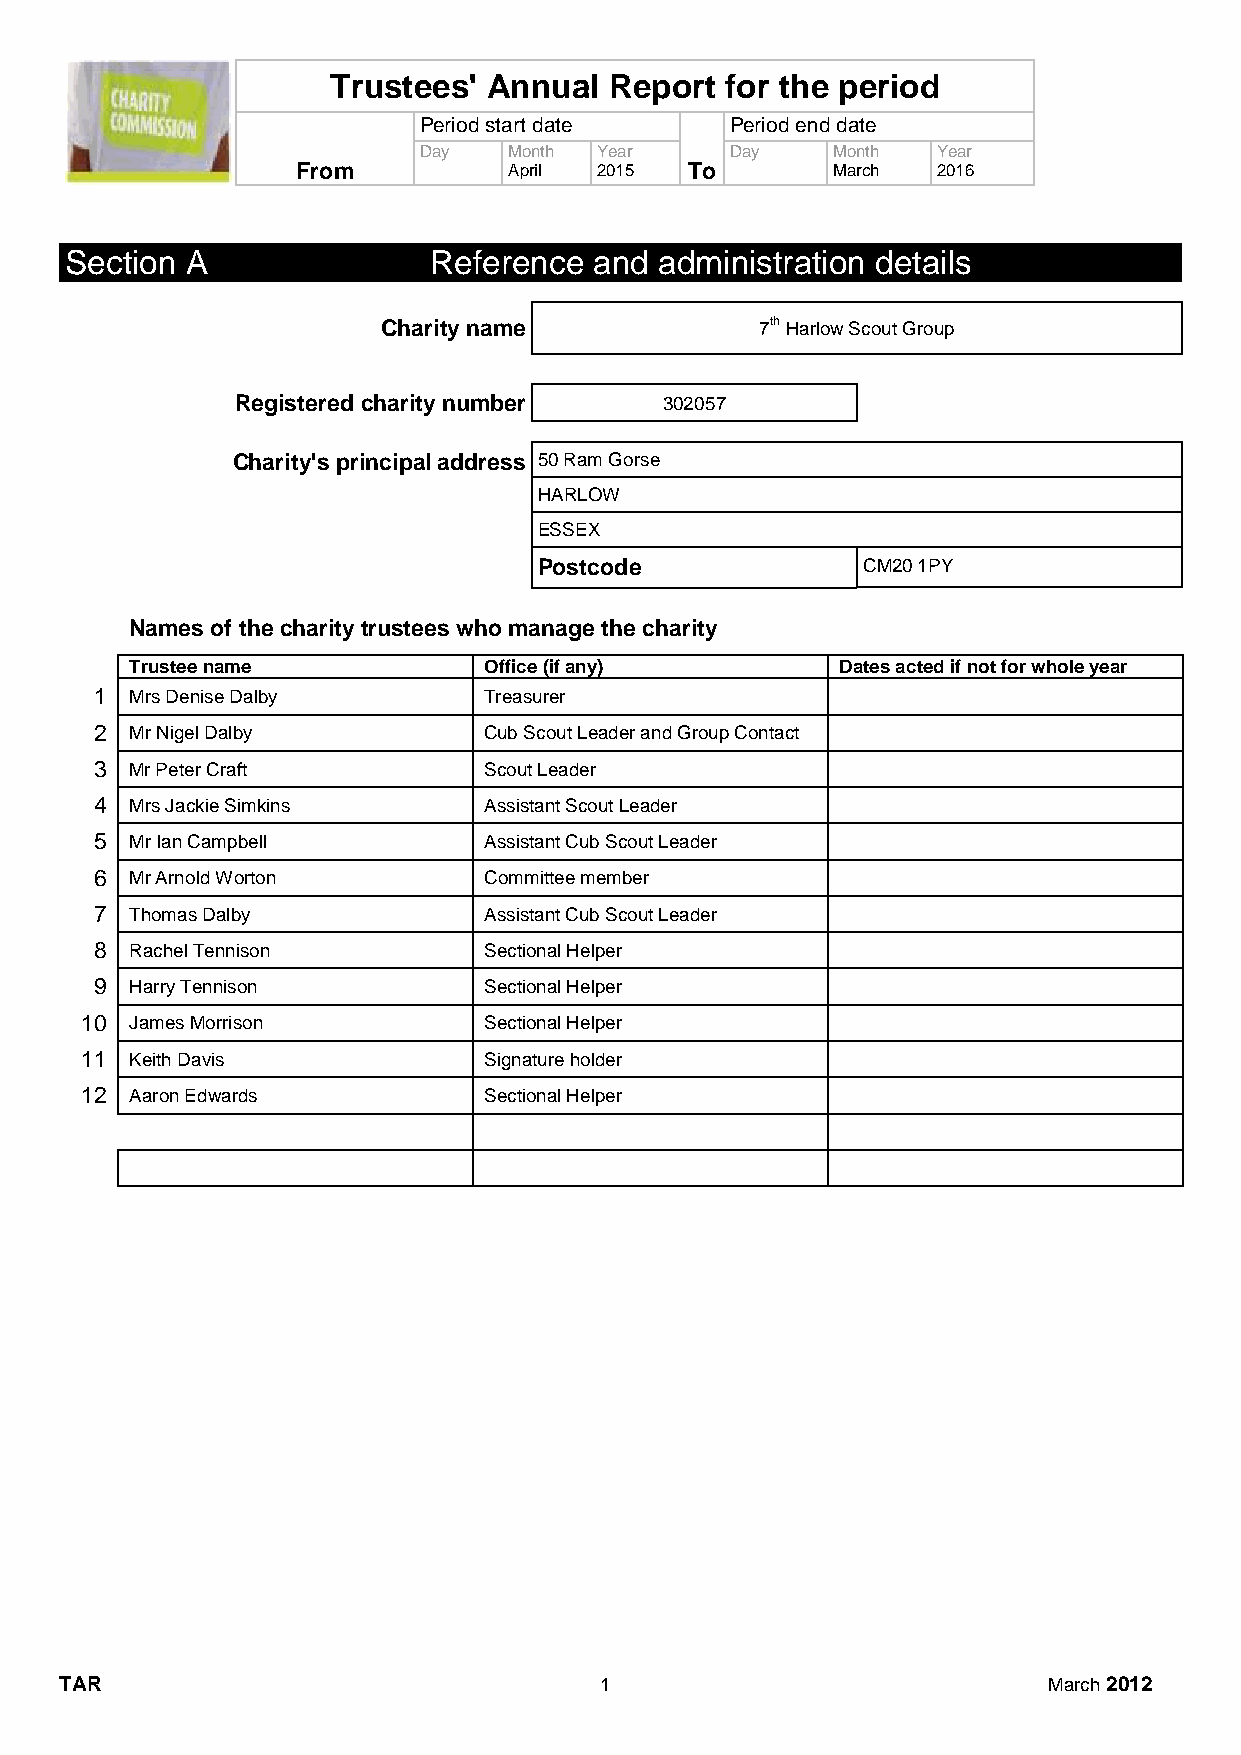
Trustees' Annual  Report  for the period
 Period start date   Period end date
 Day   Month Year    Day    Month  Year
 From          April 2015  To       March  2016
 Section A               Reference  and  administration details
 Charity name             7th Harlow Scout Group
 Registered charity number   302057
 Charity's principal address 50 Ram Gorse
 HARLOW
 ESSEX
 Postcode             CM20 1PY
 Names of the charity trustees who manage the charity
 Trustee name           Office (if any)         Dates acted if not for whole year
 1  Mrs Denise Dalby       Treasurer
 2  Mr Nigel Dalby         Cub Scout Leader and Group Contact
 3  Mr Peter Craft         Scout Leader
 4  Mrs Jackie Simkins     Assistant Scout Leader
 5  Mr Ian Campbell        Assistant Cub Scout Leader
 6  Mr Arnold Worton       Committee member
 7  Thomas Dalby           Assistant Cub Scout Leader
 8  Rachel Tennison        Sectional Helper
 9  Harry Tennison         Sectional Helper
 10  James Morrison         Sectional Helper
 11  Keith Davis            Signature holder
 12  Aaron Edwards          Sectional Helper
 TAR                                 1                            March 2012